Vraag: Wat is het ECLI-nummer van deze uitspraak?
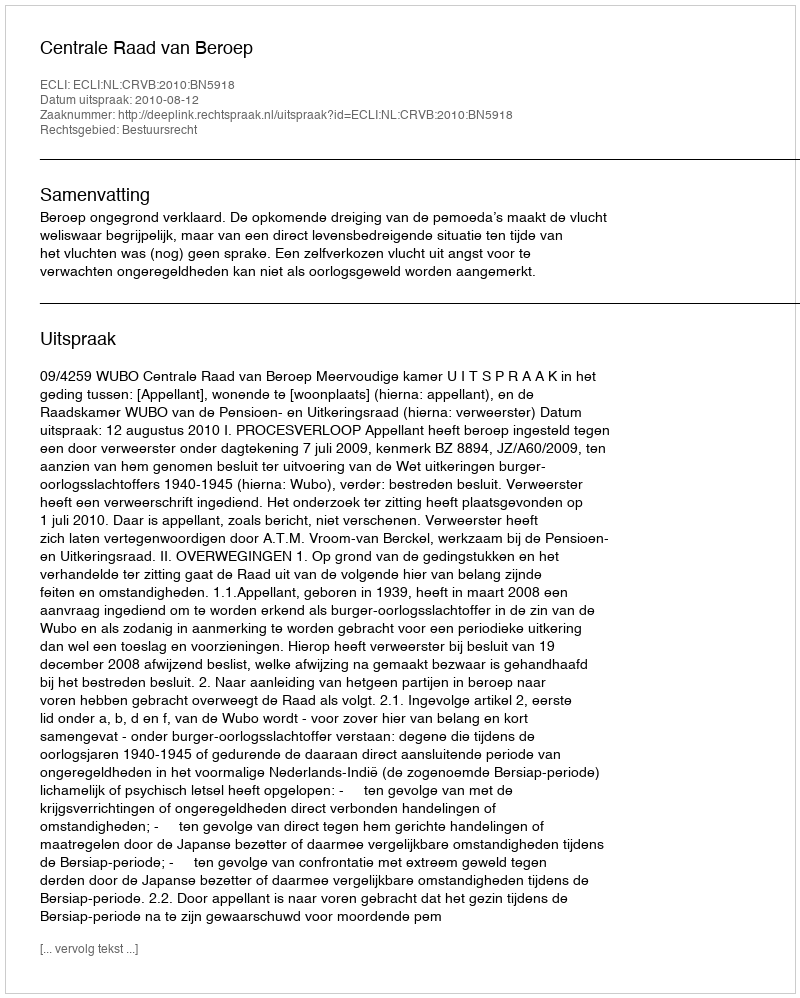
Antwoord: ECLI:NL:CRVB:2010:BN5918